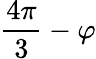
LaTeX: \frac{4\pi}{3}-\varphi